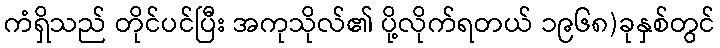
ကံရှိသည် တိုင်ပင်ပြီး အကုသိုလ်၏ ပို့လိုက်ရတယ် ၁၉၆၈)ခုနှစ်တွင်